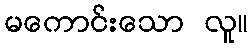
မကောင်းသော လူ။